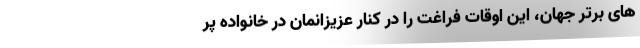
های برتر جهان، این اوقات فراغت را در کنار عزیزانمان در خانواده پر